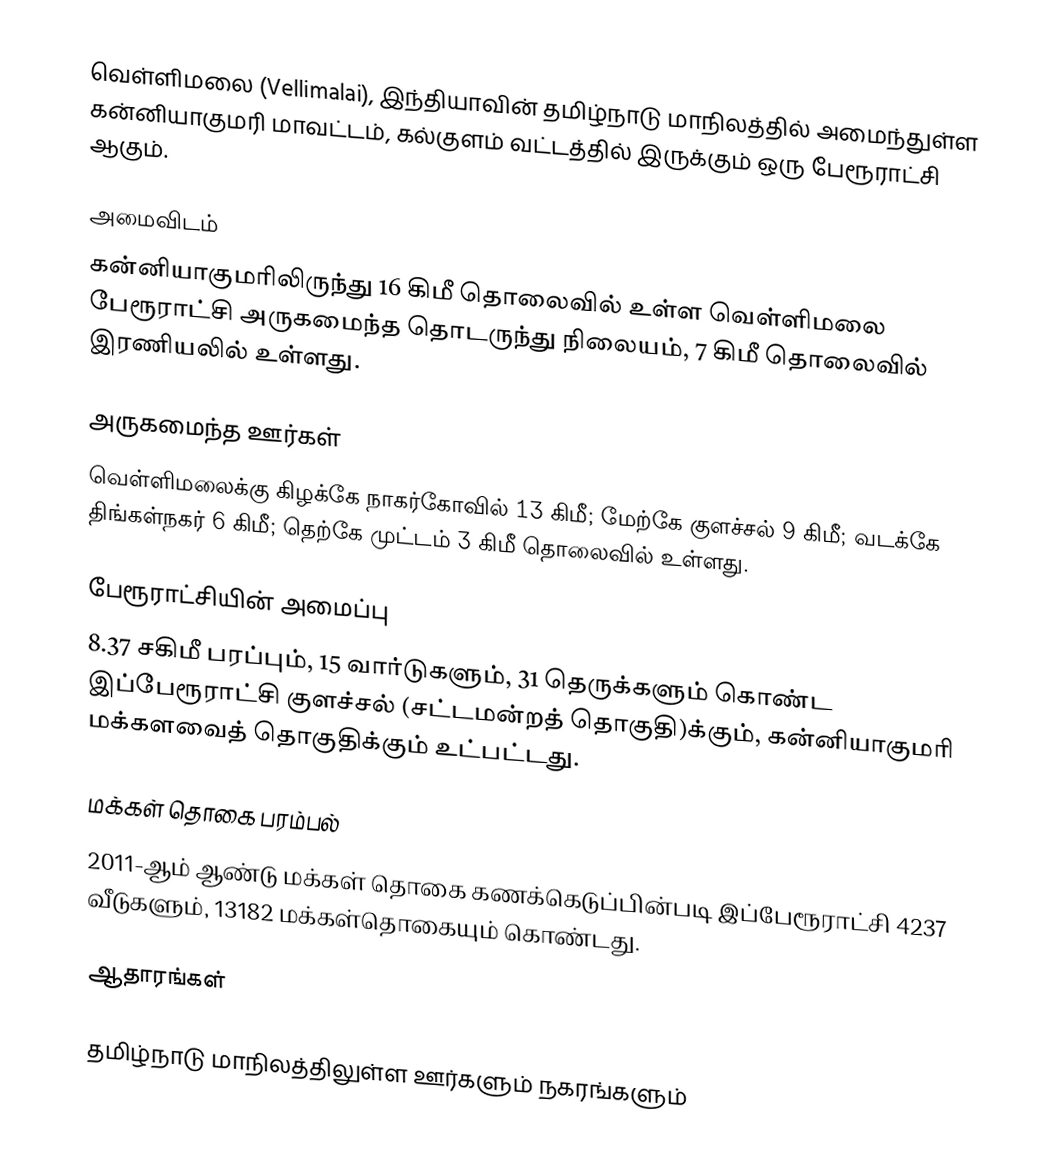
வெள்ளிமலை (Vellimalai), இந்தியாவின் தமிழ்நாடு மாநிலத்தில் அமைந்துள்ள கன்னியாகுமரி மாவட்டம், கல்குளம் வட்டத்தில் இருக்கும் ஒரு பேரூராட்சி ஆகும்.

அமைவிடம்
கன்னியாகுமரிலிருந்து 16 கிமீ தொலைவில் உள்ள வெள்ளிமலை பேரூராட்சி அருகமைந்த தொடருந்து நிலையம், 7 கிமீ தொலைவில் இரணியலில் உள்ளது.

அருகமைந்த ஊர்கள்
வெள்ளிமலைக்கு கிழக்கே நாகர்கோவில் 13 கிமீ; மேற்கே குளச்சல் 9 கிமீ; வடக்கே திங்கள்நகர் 6 கிமீ; தெற்கே முட்டம் 3 கிமீ தொலைவில் உள்ளது.

பேரூராட்சியின் அமைப்பு
8.37 சகிமீ  பரப்பும், 15  வார்டுகளும், 31 தெருக்களும் கொண்ட இப்பேரூராட்சி  குளச்சல் (சட்டமன்றத் தொகுதி)க்கும், கன்னியாகுமரி மக்களவைத் தொகுதிக்கும் உட்பட்டது.

மக்கள் தொகை பரம்பல்
2011-ஆம் ஆண்டு மக்கள் தொகை கணக்கெடுப்பின்படி  இப்பேரூராட்சி                           4237 வீடுகளும், 13182 மக்கள்தொகையும் கொண்டது.

ஆதாரங்கள்

தமிழ்நாடு மாநிலத்திலுள்ள ஊர்களும் நகரங்களும்